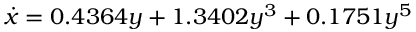
\dot { x } = 0 . 4 3 6 4 y + 1 . 3 4 0 2 y ^ { 3 } + 0 . 1 7 5 1 y ^ { 5 }